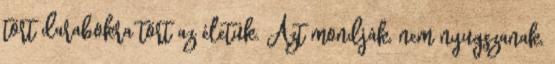
tört darabokra tört az életük. Azt mondják, nem nyugszanak,